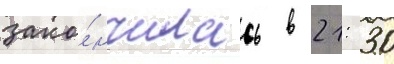
зако́нчилась в 21: 30